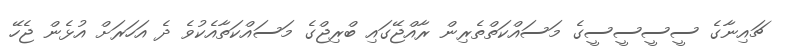
ޗައިނާގެ ސީސީސީސީގެ މަސައްކަތްތެރިން ރާއްޖޭގައި ބްރިޖްގެ މަސައްކަތާއެކުވެ ދެ އަހަރަށް އުޅެން ޖެހޭ